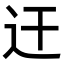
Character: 迀